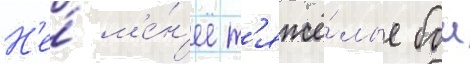
Н'е́ м'е́н'ее т'яжё́лые бои